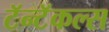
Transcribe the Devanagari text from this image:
टॅन्टॅकल्स